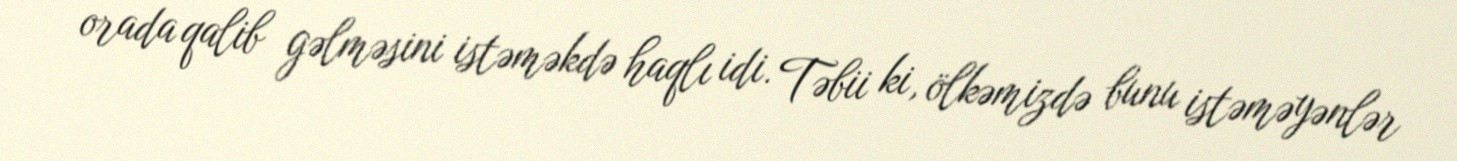
orada qalib gəlməsini istəməkdə haqlı idi. Təbii ki, ölkəmizdə bunu istəməyənlər